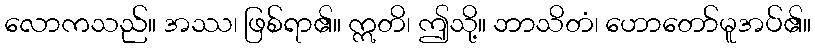
လောကသည်။ အဿ၊ ဖြစ်ရာ၏။ ဣတိ၊ ဤသို့။ ဘာသိတံ၊ ဟောတော်မူအပ်၏။